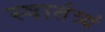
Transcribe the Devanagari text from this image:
स्वातंत्र्यं